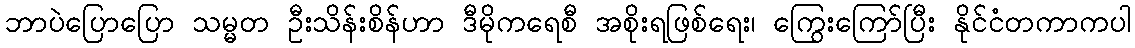
ဘာပဲပြောပြော သမ္မတ ဦးသိန်းစိန်ဟာ ဒီမိုကရေစီ အစိုးရဖြစ်ရေး၊ ကြွေးကြော်ပြီး နိုင်ငံတကာကပါ